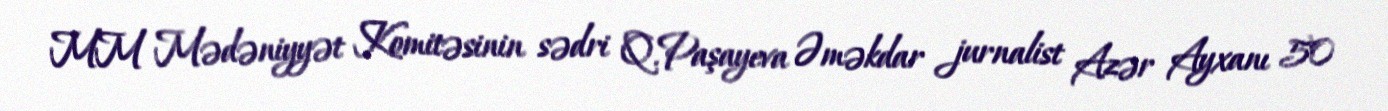
MM Mədəniyyət Komitəsinin sədri Q.Paşayeva Əməkdar jurnalist Azər Ayxanı 50